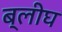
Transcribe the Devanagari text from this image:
ब्लीघ